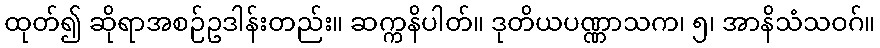
ထုတ်၍ ဆိုရာအစဉ်ဥဒါန်းတည်း။ ဆက္ကနိပါတ်။ ဒုတိယပဏ္ဏာသက၊ ၅၊ အာနိသံသဝဂ်။